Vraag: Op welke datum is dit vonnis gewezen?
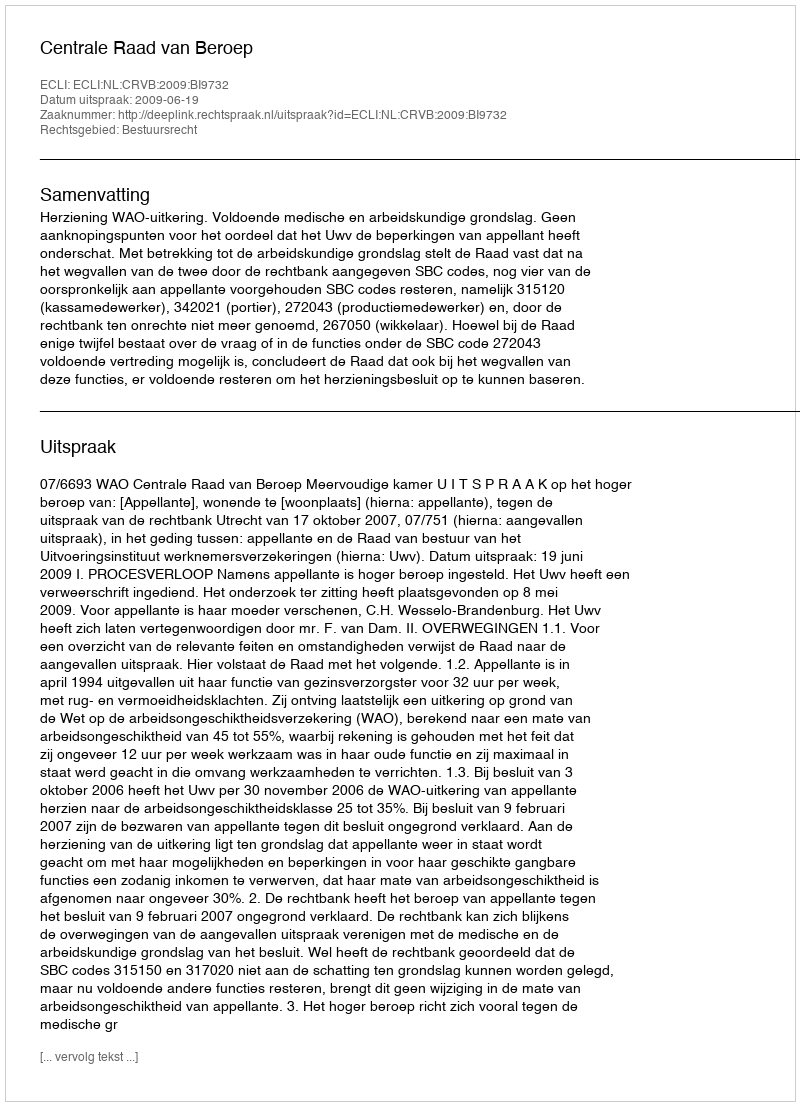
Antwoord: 2009-06-19